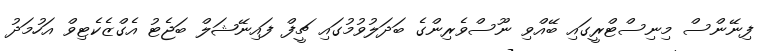
ފިނޭންސް މިނިސްޓްރީގައި ބޭއްވި ނޫސްވެރިންގެ ބަދަލުވުމުގައި ޗީފް ފައިނޭޝަލް ބަޖެޓު އެގްޒެކެޓިވް އަހުމަދު